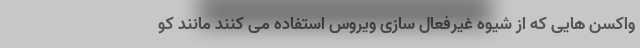
واکسن هایی که از شیوه غیرفعال سازی ویروس استفاده می کنند مانند کو